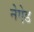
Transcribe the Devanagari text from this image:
नेऐड